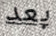
بعد